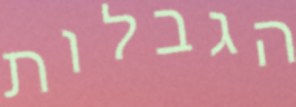
הגבלות